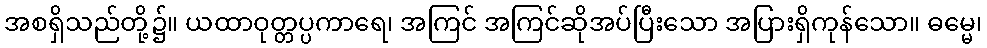
အစရှိသည်တို့၌။ ယထာဝုတ္တပ္ပကာရေ၊ အကြင် အကြင်ဆိုအပ်ပြီးသော အပြားရှိကုန်သော။ ဓမ္မေ၊